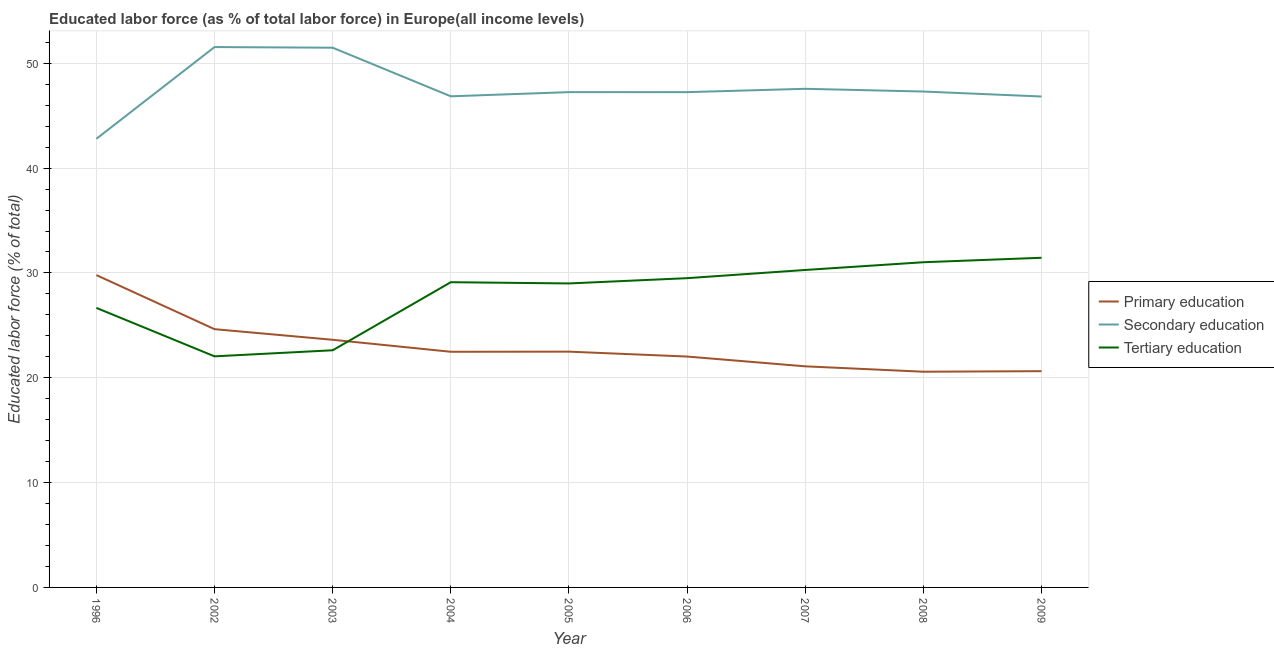
| Year | Primary education | Secondary education | Tertiary education |
 | --- | --- | --- | --- |
 | 1996 | 29.8 | 42.8 | 26.7 |
 | 2002 | 24.6 | 51.5 | 22 |
 | 2003 | 23.6 | 51.5 | 22.6 |
 | 2004 | 22.5 | 46.8 | 29.1 |
 | 2005 | 22.5 | 47.2 | 29 |
 | 2006 | 22 | 47.2 | 29.5 |
 | 2007 | 21.1 | 47.6 | 30.3 |
 | 2008 | 20.6 | 47.3 | 31 |
 | 2009 | 20.6 | 46.8 | 31.4 |